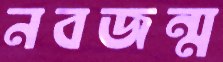
নবজন্ম